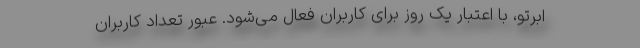
ابرتو، با اعتبار یک روز برای کاربران فعال می‌شود. عبور تعداد کاربران